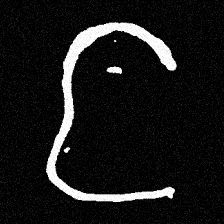
Pyu character \u2014 Myanmar letter: င (romanized: nga)